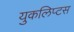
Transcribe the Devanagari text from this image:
युकलिप्टस